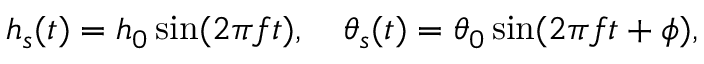
h _ { s } ( t ) = h _ { 0 } \sin ( 2 \pi f t ) , \quad \theta _ { s } ( t ) = \theta _ { 0 } \sin ( 2 \pi f t + \phi ) ,